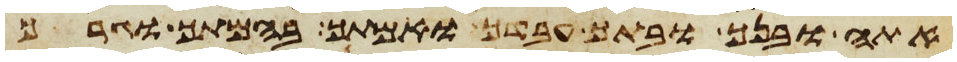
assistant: אתה ובנך ובתך עבדך ואמתך בהמתך וגרך